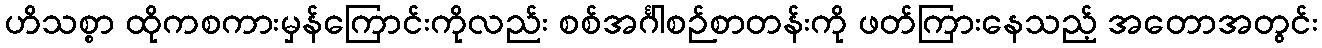
ဟိသစ္စာ ထိုကစကားမှန်ကြောင်းကိုလည်း စစ်အင်္ဂါစဉ်စာတန်းကို ဖတ်ကြားနေသည့် အတောအတွင်း